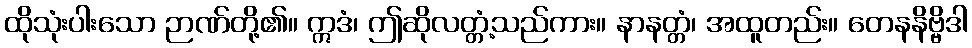
ထိုသုံးပါးသော ဉာဏ်တို့၏။ ဣဒံ၊ ဤဆိုလတ္တံ့သည်ကား။ နာနတ္တံ၊ အထူတည်း။ တေနနိဗ္ဗိဒါ